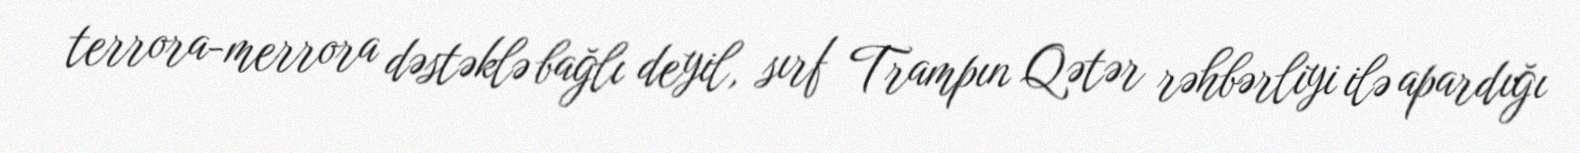
terrora-merrora dəstəklə bağlı deyil, sırf Trampın Qətər rəhbərliyi ilə apardığı